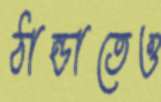
ঠান্ডাতেও